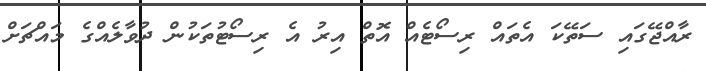
ރާއްޖޭގައި ސަތޭކަ އެތައް ރިސޯޓެއް އޮތް އިރު އެ ރިސޯޓުތަކުން ދުވާލެއްގެ މައްޗަށް